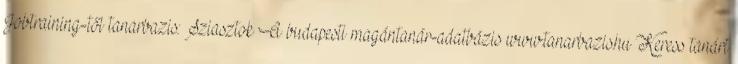
Jobtraining-től tanarbazis: Sziasztok A budapesti magántanár-adatbázis www.tanarbazis.hu Keress tanárt